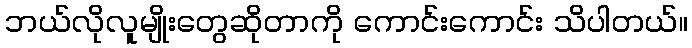
ဘယ်လိုလူမျိုးတွေဆိုတာကို ကောင်းကောင်း သိပါတယ်။